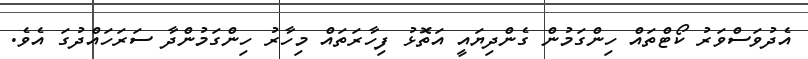
އެދުވަސްވަރު ކޯޓްތައް ހިންގަމުން ގެންދިޔައީ އަތޮޅު ފިހާރަތައް މިހާރު ހިންގަމުންދާ ސަރަހައްދުގަ އެވެ.